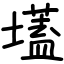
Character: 壒